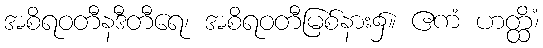
အစိရဝတီနဒီတီရေ၊ အစိရဝတီမြစ်နား၌။ ဧကံ ဟတ္ထိံ၊